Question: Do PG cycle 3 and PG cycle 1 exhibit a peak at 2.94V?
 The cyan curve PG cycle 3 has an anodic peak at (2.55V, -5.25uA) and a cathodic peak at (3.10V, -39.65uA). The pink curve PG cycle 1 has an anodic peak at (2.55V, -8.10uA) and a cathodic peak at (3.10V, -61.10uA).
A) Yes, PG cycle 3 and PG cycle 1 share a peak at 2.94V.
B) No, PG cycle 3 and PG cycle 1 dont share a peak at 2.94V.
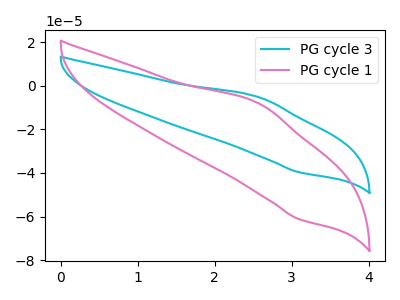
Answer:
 <answer>B) No, "PG cycle 3" and "PG cycle 1" dont share a peak at 2.94V.</answer>
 <eval>B</eval>